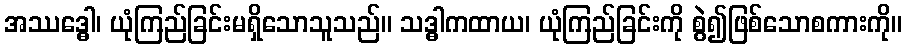
အဿဒ္ဓေါ၊ ယုံကြည်ခြင်းမရှိသောသူသည်။ သဒ္ဓါကထာယ၊ ယုံကြည်ခြင်းကို စွဲ၍ဖြစ်သောစကားကို။